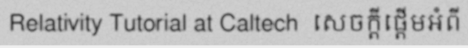
Relativity Tutorial at Caltech  សេចក្តីផ្តើមអំពី